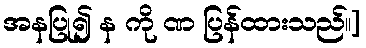
အနပြု၍ န ကို ဏ ပြန်ထားသည်။]